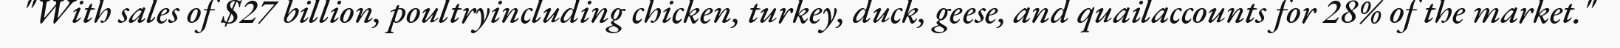
"With sales of $27 billion, poultryincluding chicken, turkey, duck, geese, and quailaccounts for 28% of the market."